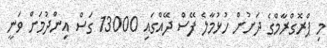
މި ޕްރޮގްރާމްގެ ދަށުން ހުޅުމާލެ ފޭސް ދޭއްގައި 13000 ގަސް އިންދުމަށް ވަނީ